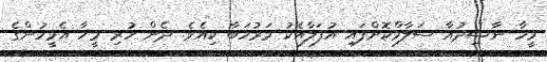
މީހާ ނާޝިދުއާ ސަލާމްކޮށްފައި އުފަލާއެކު މަރުހަބާ ކިއެވެ. ދެން ހުރި މީހާ އެމީހުންގެ